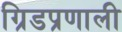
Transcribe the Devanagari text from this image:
ग्रिडप्रणाली